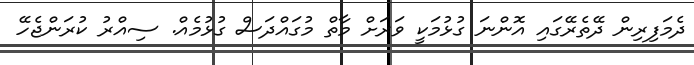
ދެމަފިރިން ދޭތެރޭގައި އޮންނަ ގުޅުމަކީ ވަރަށް މާތް މުގައްދަސް ގުޅުމެއް. ސިއްރު ކުރަންޖެހޭ